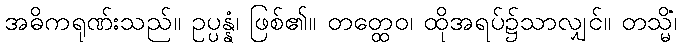
အဓိကရုဏ်းသည်။ ဥပ္ပန္နံ၊ ဖြစ်၏။ တတ္ထေဝ၊ ထိုအရပ်၌သာလျှင်။ တသ္မိံ၊